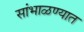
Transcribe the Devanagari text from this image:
सांभाळण्यात